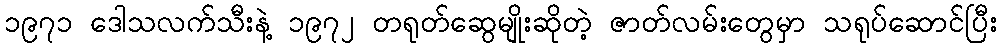
၁၉၇၁ ဒေါသလက်သီးနဲ့ ၁၉၇၂ တရုတ်ဆွေမျိုးဆိုတဲ့ ဇာတ်လမ်းတွေမှာ သရုပ်ဆောင်ပြီး